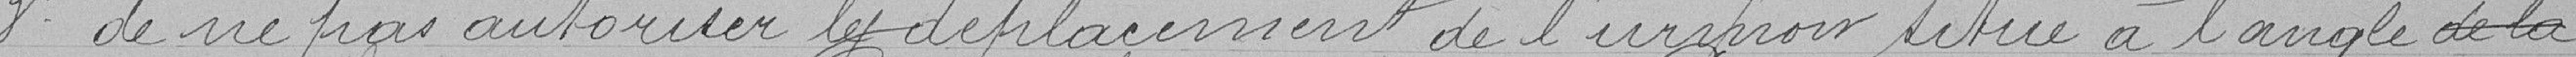
3° de ne pas autoriser les déplacements de l'urinoir situé à l'angle de la